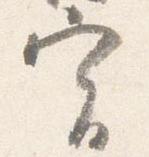
実